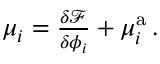
\begin{array} { r } { \mu _ { i } = \frac { \delta \mathcal { F } } { \delta \phi _ { i } } + \mu _ { i } ^ { \mathrm { a } } \, . } \end{array}